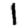
Digit: 1